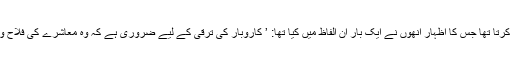
یہ ان کی اس سوچ کی عکاسی کرتا تھا جس کا اظہار انھوں نے ایک بار ان الفاظ میں کیا تھا: ’ کاروبار کی ترقی کے لیے ضروری ہے کہ وہ معاشرے کی فلاح و بہبود میں اپنا کردار ادا کرے۔